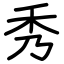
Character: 秀